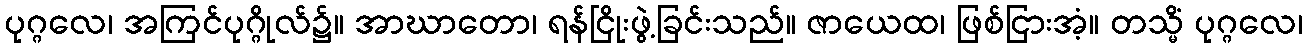
ပုဂ္ဂလေ၊ အကြင်ပုဂ္ဂိုလ်၌။ အာဃာတော၊ ရန်ငြိုးဖွဲ့ခြင်းသည်။ ဇာယေထ၊ ဖြစ်ငြားအံ့။ တသ္မိံ ပုဂ္ဂလေ၊